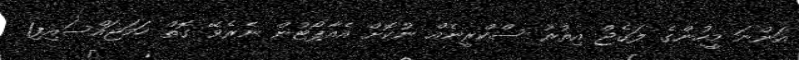
އަންނަ މީހުންގެ ލަގެޖް އިތުރު ސްކްރީނެއް ނުކޮށް އެއާޕޯޓުން ނެރެވޭ ގޮތް ހަމަޖައްސައިފި1